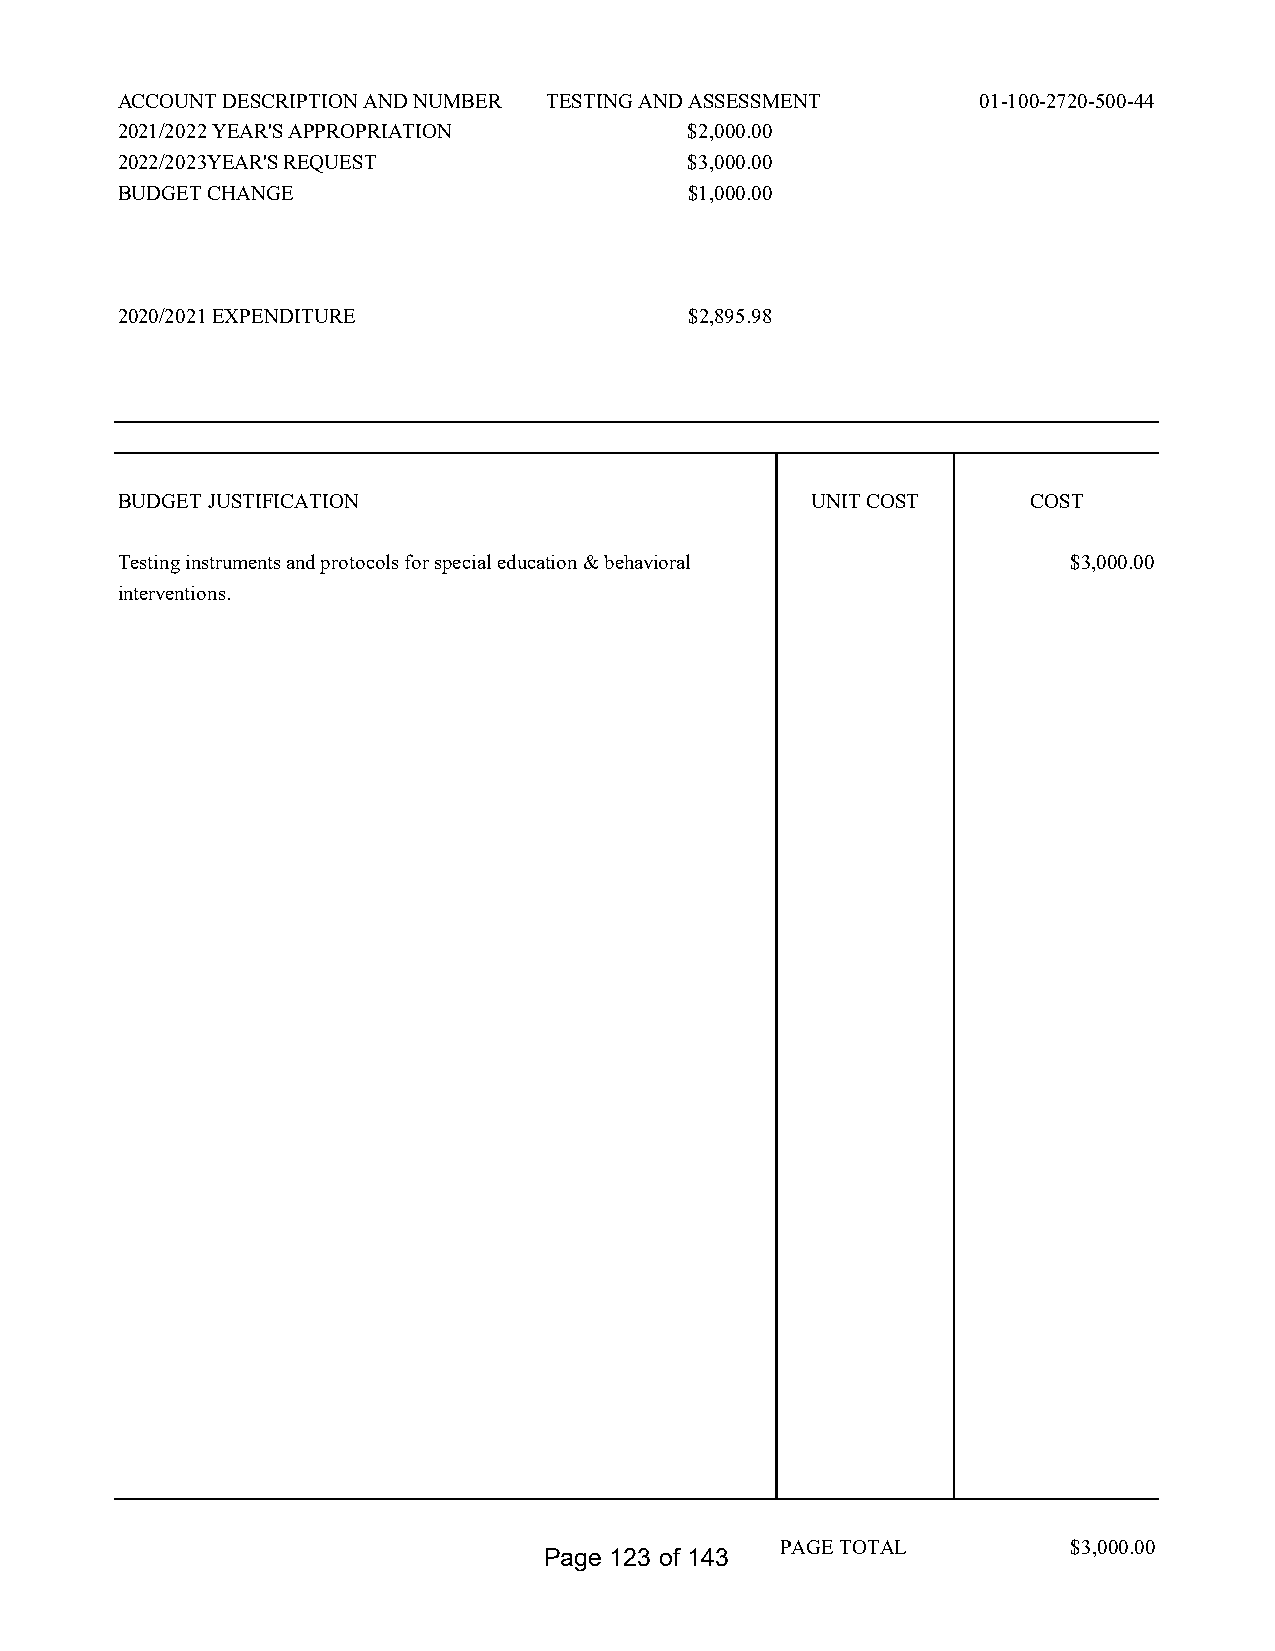
ACCOUNT DESCRIPTION AND NUMBER TESTING AND ASSESSMENT    01-100-2720-500-44
 2021/2022 YEAR'S APPROPRIATION        $2,000.00
 2022/2023YEAR'S REQUEST               $3,000.00
 BUDGET CHANGE                         $1,000.00
 2020/2021 EXPENDITURE                 $2,895.98
 BUDGET JUSTIFICATION                          UNIT COST     COST
 Testing instruments and protocols for special education & behavioral $3,000.00
 interventions.
 PAGE TOTAL         $3,000.00
 Page 123 of 143